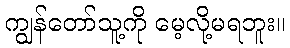
ကျွန်တော်သူ့ကို မေ့လို့မရဘူး။